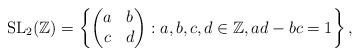
LaTeX: \begin{align*}\mathrm{SL}_2(\mathbb{Z}) = \left\{\begin{pmatrix} a & b\\c & d\end{pmatrix} : a,b,c,d \in \mathbb{Z}, ad-bc = 1\right\},\end{align*}